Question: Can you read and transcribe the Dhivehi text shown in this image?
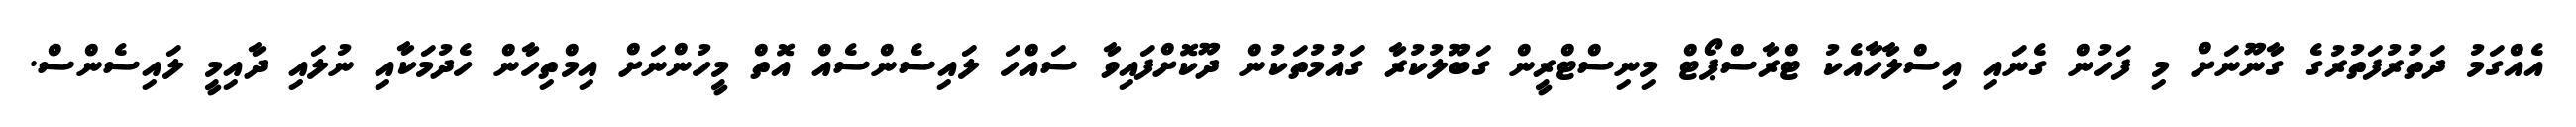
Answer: އެއްގަމު ދަތުރުފަތުރުގެ ގާނޫނަށް މި ފަހުން ގެނައި އިސްލާހާއެކު ޓްރާސްޕޯޓް މިނިސްޓްރީން ގަބޫލުކުރާ ގައުމުތަކުން ދޫކޮށްފައިވާ ސައްހަ ލައިސެންސެއް އޮތް މީހުންނަށް އިމްތިހާން ހެދުމަކާއި ނުލައި ދާއިމީ ލައިސެންސް.